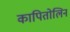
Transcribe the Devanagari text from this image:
कापितोलिन